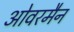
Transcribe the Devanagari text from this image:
ओवरमैन